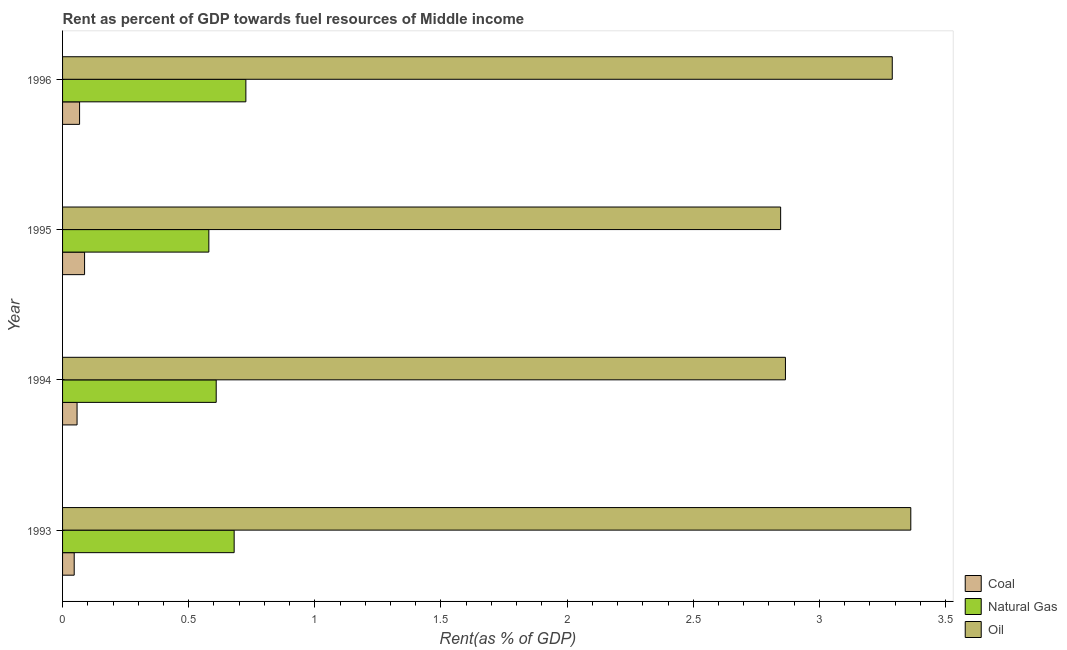
| Year | Coal | Natural Gas | Oil |
 | --- | --- | --- | --- |
 | 1993 | 0.0461 | 0.68 | 3.36 |
 | 1994 | 0.0574 | 0.609 | 2.87 |
 | 1995 | 0.0873 | 0.58 | 2.85 |
 | 1996 | 0.0675 | 0.727 | 3.29 |